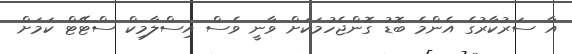
އާ ސަރުކާރުގެ އެންމެ ބޮޑު ގޮންޖެހުމަކަށް ވާނީ ވެސް އިސްލާމިކް ސްޓޭޓް ކަމަށް